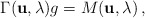
\begin{align*}\Gamma ({\bf u}, \lambda) g = M ({\bf u}, \lambda)\, , \end{align*}